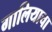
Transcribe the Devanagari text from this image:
गालियाचा